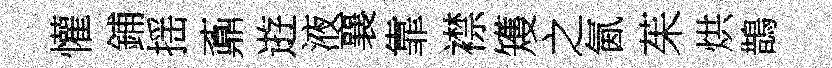
懽鋪揺鼒逰液襄靠襟矱之氤茱烘鵲